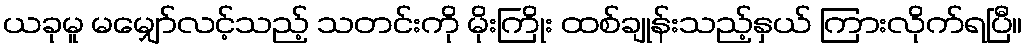
ယခုမူ မမျှော်လင့်သည့် သတင်းကို မိုးကြိုး ထစ်ချုန်းသည့်နှယ် ကြားလိုက်ရပြီ။